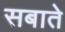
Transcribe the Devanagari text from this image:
सबाते